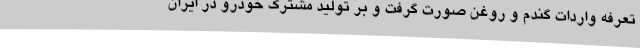
تعرفه واردات گندم و روغن صورت گرفت و بر تولید مشترک خودرو در ایران